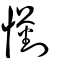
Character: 懰